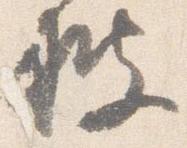
披